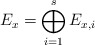
\begin{align*}E_x = \bigoplus_{i=1}^s E_{x,i}\end{align*}